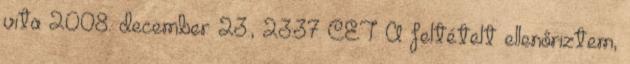
vita 2008. december 23., 23:37 CET A feltételt ellenőriztem,